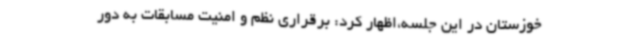
خوزستان در این جلسه،اظهار کرد: برقراری نظم و امنیت مسابقات به دور